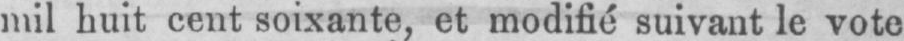
mil huit cent soixante, et modifié suivant le vote